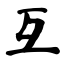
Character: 互